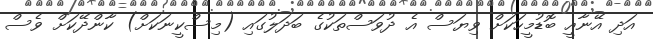
އަދި އޭނާއީ ބޮޑުމީހަކަށް ވިޔަސް އެ ދުވަސްތަކުގެ ބަދަލުގައި (މިސްކީނަކަށް) ކާންދޭކަށް ވެސް